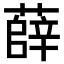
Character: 薛